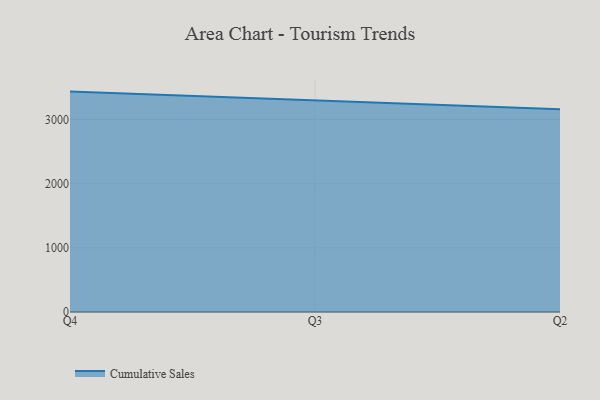
{"axis": {"x": "Quarter", "y": "Energy Usage (MWh)"}, "legend": ["Cumulative Sales"], "data": [{"x": "Q4", "y": 3435.0, "type": "Cumulative Sales"}, {"x": "Q3", "y": 3292.4, "type": "Cumulative Sales"}, {"x": "Q2", "y": 3160.3, "type": "Cumulative Sales"}]}